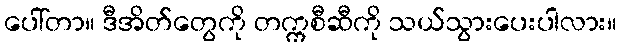
ပေါ်တာ။ ဒီအိတ်တွေကို တက္ကစီဆီကို သယ်သွားပေးပါလား။